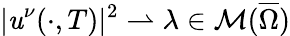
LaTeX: |\mathit{u}^{\nu}(\cdot,T)|^{2}\rightharpoonup\lambda\in\mathcal{{M}}(\overline{{{\Omega}}})